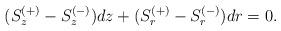
LaTeX: \begin{align*}(S^{(+)}_z-S^{(-)}_z)dz+(S^{(+)}_r-S^{(-)}_r)dr=0.\end{align*}